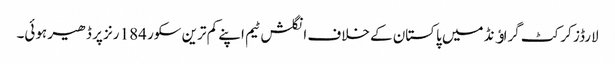
لارڈز کرکٹ گراﺅنڈ میں پاکستان کے خلاف انگلش ٹیم اپنے کم ترین سکور 184 رنز پر ڈھیر ہوئی۔